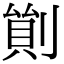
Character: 𠞿